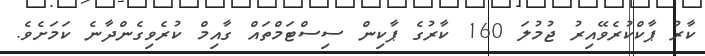
ކާރު ޕާކްކުރެވޭއިރު ޖުމުލަ 160 ކާރުގެ ޕާކިން ސިސްޓަމްތައް ގާއިމް ކުރެވިގެންދާނެ ކަމަށެވެ.